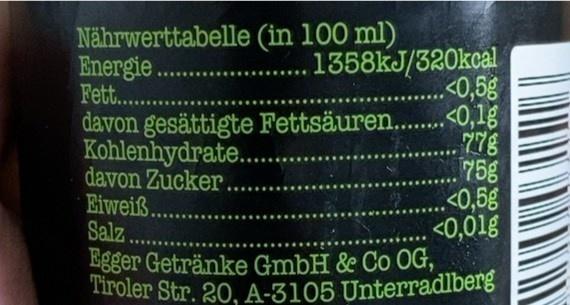
Tiroler Str. 20, A-3105 Unterradlberg
Nährwerttabelle (in 100 ml) Energie Fett. .
. 1358KJ/320kcal <0,5g
davon gesättigte Fettsäuren..<0,1g 778 75g <0,5g <0,01g
Kohlenhydrate... davon Zucker .. Eiweiß. Salz ..
Egger Getränke GmbH & Co OG,